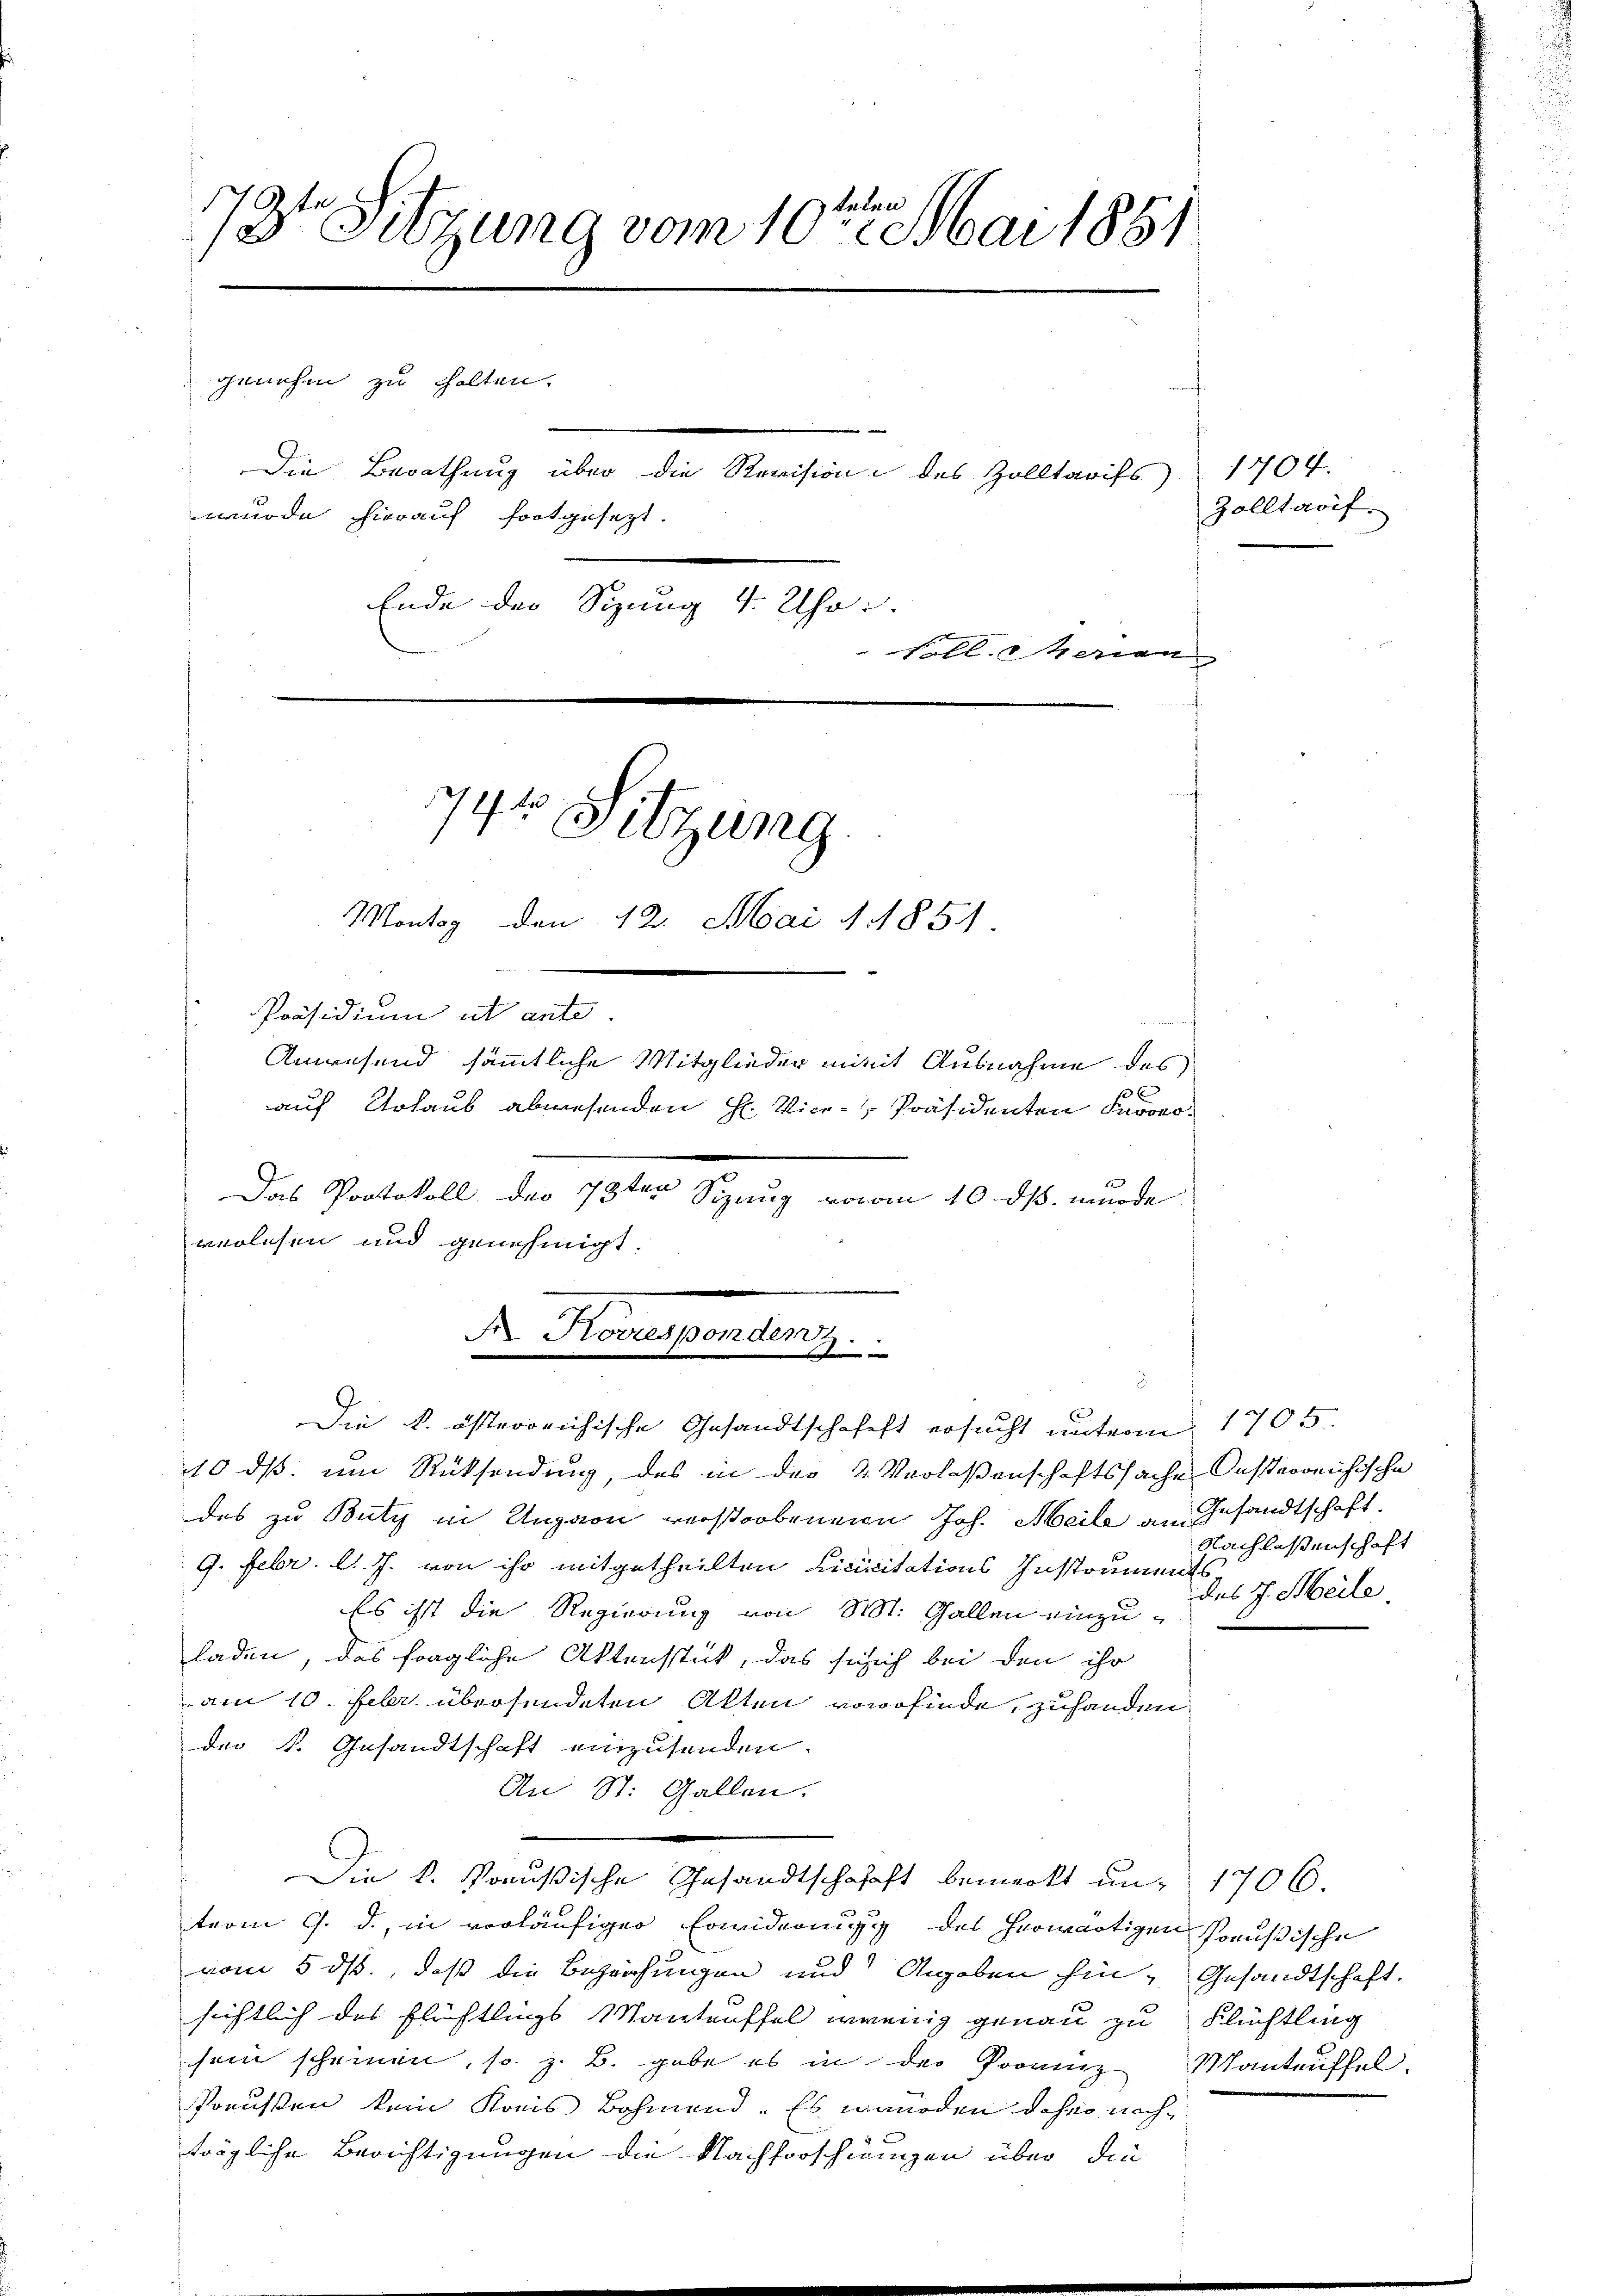
78te Sitzung vom 10ten Mai 1881
genehm zu halten.
Die Berathung über die Revision des Zolltarifs
wurde hierauf fortgesezt.
Ende der Sizung 4. Uhr.
Follerien

Das Protokoll des 13ten Sizung, wovom 10. ds. wurde
verlesen und genehmigt.

744 Sitzung.
Montag den 12. Mai 1854.
Präsidium ut ante.
Anwesend sämmtliche Mitglieder mit Ausnahme des
11
auf Urlaub abwesenden H. Vice-Präsidenten Knober¬

dr. Hausenden

Die k. österrichische Gesandtschafft ersucht unterm 1705.

10 ds. um Rücksendung, das in der 2 Verlaßenschaftssache Oesterreichische
des zu Buty in Ungarn verstorbenein Joh. Meile am Gesandtschaft
9. Febr. l. J. von ihr mitgetheilten Licititations Instruments
Es ist die Regierung von St. Gallen einzuladen, das fragliche Aktensstück, das sich ich bei den ihr
am 10. Febr. übersendeten Akten vorfinde, zuhanden
der k. Gesandtschaft einzusenden.
An St. Gallen.
Die k. Konußische Gesandtschafft bemerkt un- 1706.
trom 9. d. in vorläufiger Erwiderung des herwärtigen Preußische
vom 5. ds., daß die Bezeichungen und Angaben hin, Gesandtschaft.
sichtlich des Flüchtligs Manteuffel wenig genau zu Flüchtling
sein scheinen, so z. B. gabe es in der Provinz Manteuffel.
Preussen kein Kreis Böhmend. Es manoden daher nachträgliche Berichtigungen die Nachforschwungen über die

1704.
Zolltarif

Nachlassenschaft
des J. Meile